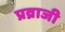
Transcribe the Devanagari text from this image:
प्रव्राजी